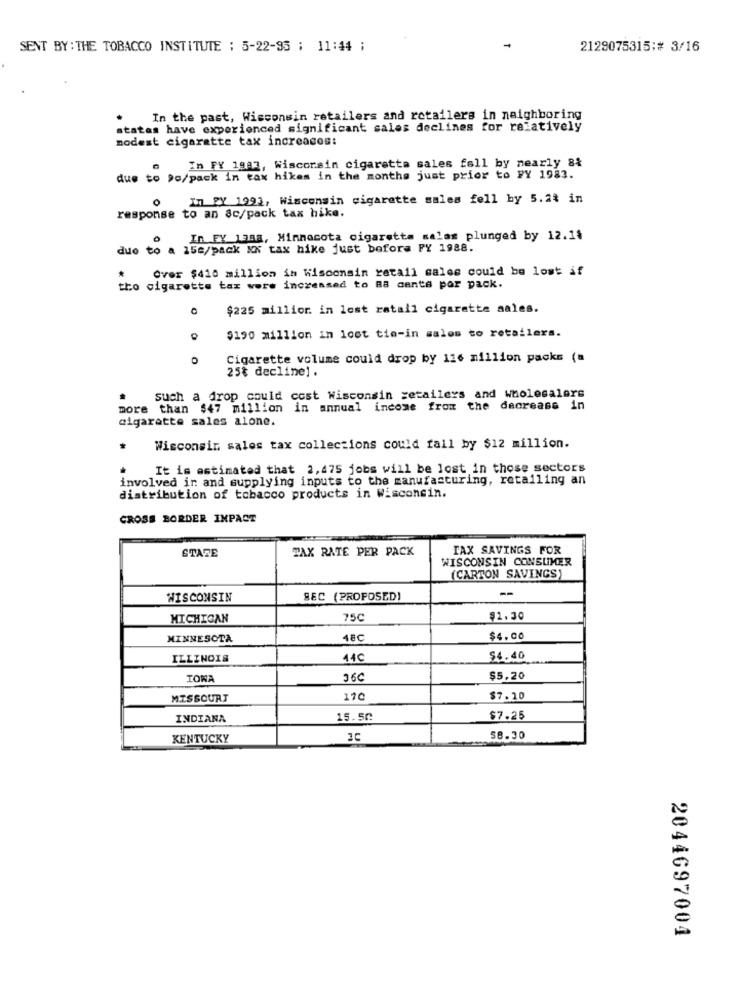
SENT BY : THE TOBACCO INSTITUTE : 5-22-95 ; 11:44 ;
2129075315:# 3/16
In the past, Wisconsin retailers and retailers in neighboring
states have experienced significant sales declines for relatively
modest cigarette tax increados:
In FY 1983, Wisconsin cigaretta sales fell by nearly 8%
due to Do/pack in tax hikes in the months just prior to PY 1983.
o
In PY 1993, Wisconsin cigarette sales fell by 5.24 in
response to an 8c/pack tax hike.
In FY 1388, Minnacota cigaretta salas plunged by 12.1$
due to a 15e/pack KK tax hike just before FY 1988.
Over $410 million in Wisconsin retail sales could be lost if
tho cigarette tax were increased to B8 cents por pack.
$225 millior. in lest ratall cigarette sales.
$190 million in lost tie-in sales to retailers.
O
0
Cigarette volume could drop by 116 million packs (a
25% decline] .
such a drop could cost Wisconsin retailers and wholesalers
more than $47 million in annual income from the decrease in
cigarette sales alone.
*
Wisconsin, sales tax collections could fall by $12 million.
It is estimated that 2,475 jobs will be lost in those sectors
involved in and supplying inputs to the manufacturing, retailing an
distribution of tobacco products in Wisconsin.
CROSS BORDER IMPACT
STATE
TAX RATE PER PACK
TAX SAVINGS FOR
WISCONSIN CONSUMER
(CARTON SAVINGS)
-
WISCONSIN
SEC (PROPOSED)
MICHIGAN
75℃
$1.30
MINNESOTA
48C
$4.00
ILLINOIS
14C
$4.40
36C
$5,20
MISSOURI
170
$7.10
INDIANA
15.52
$7.25
KENTUCKY
58.30
2044697004